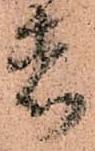
者